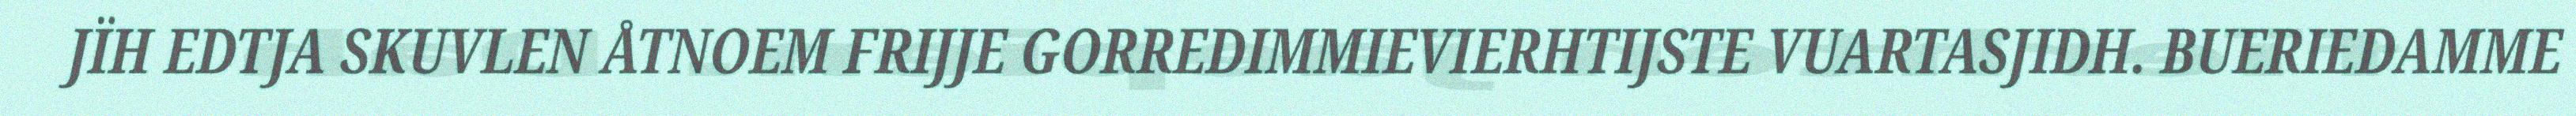
JÏH EDTJA SKUVLEN ÅTNOEM FRIJJE GORREDIMMIEVIERHTIJSTE VUARTASJIDH. BUERIEDAMME